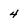
Character: 4